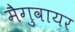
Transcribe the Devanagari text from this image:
मैगुवायर